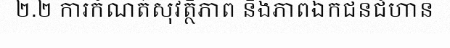
២.២ ការកំណត់សុវត្ថិភាព និងភាពឯកជនជំហាន